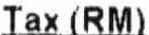
TAX (RM)